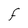
Character: F